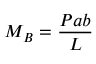
M _ { B } = { \frac { P a b } { L } }